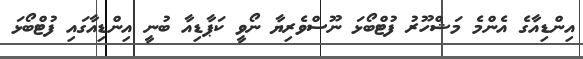
އިންޑިއާގެ އެންމެ މަޝްހޫރު ފުޓްބޯޅަ ނޫސްވެރިޔާ ނޯވީ ކަޕާޑިއާ ބުނީ އިންޑިއާގައި ފުޓްބޯޅަ